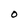
Character: 0